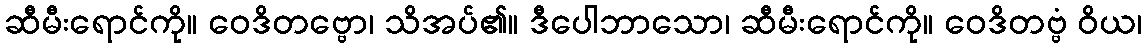
ဆီမီးရောင်ကို။ ဝေဒိတဗ္ဗော၊ သိအပ်၏။ ဒီပေါဘာသော၊ ဆီမီးရောင်ကို။ ဝေဒိတဗ္ဗံ ဝိယ၊